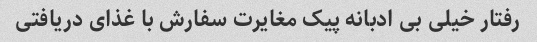
رفتار خیلی بی ادبانه پیک مغایرت سفارش با غذای دریافتی